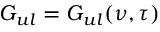
G _ { u l } = G _ { u l } ( \nu , \tau )